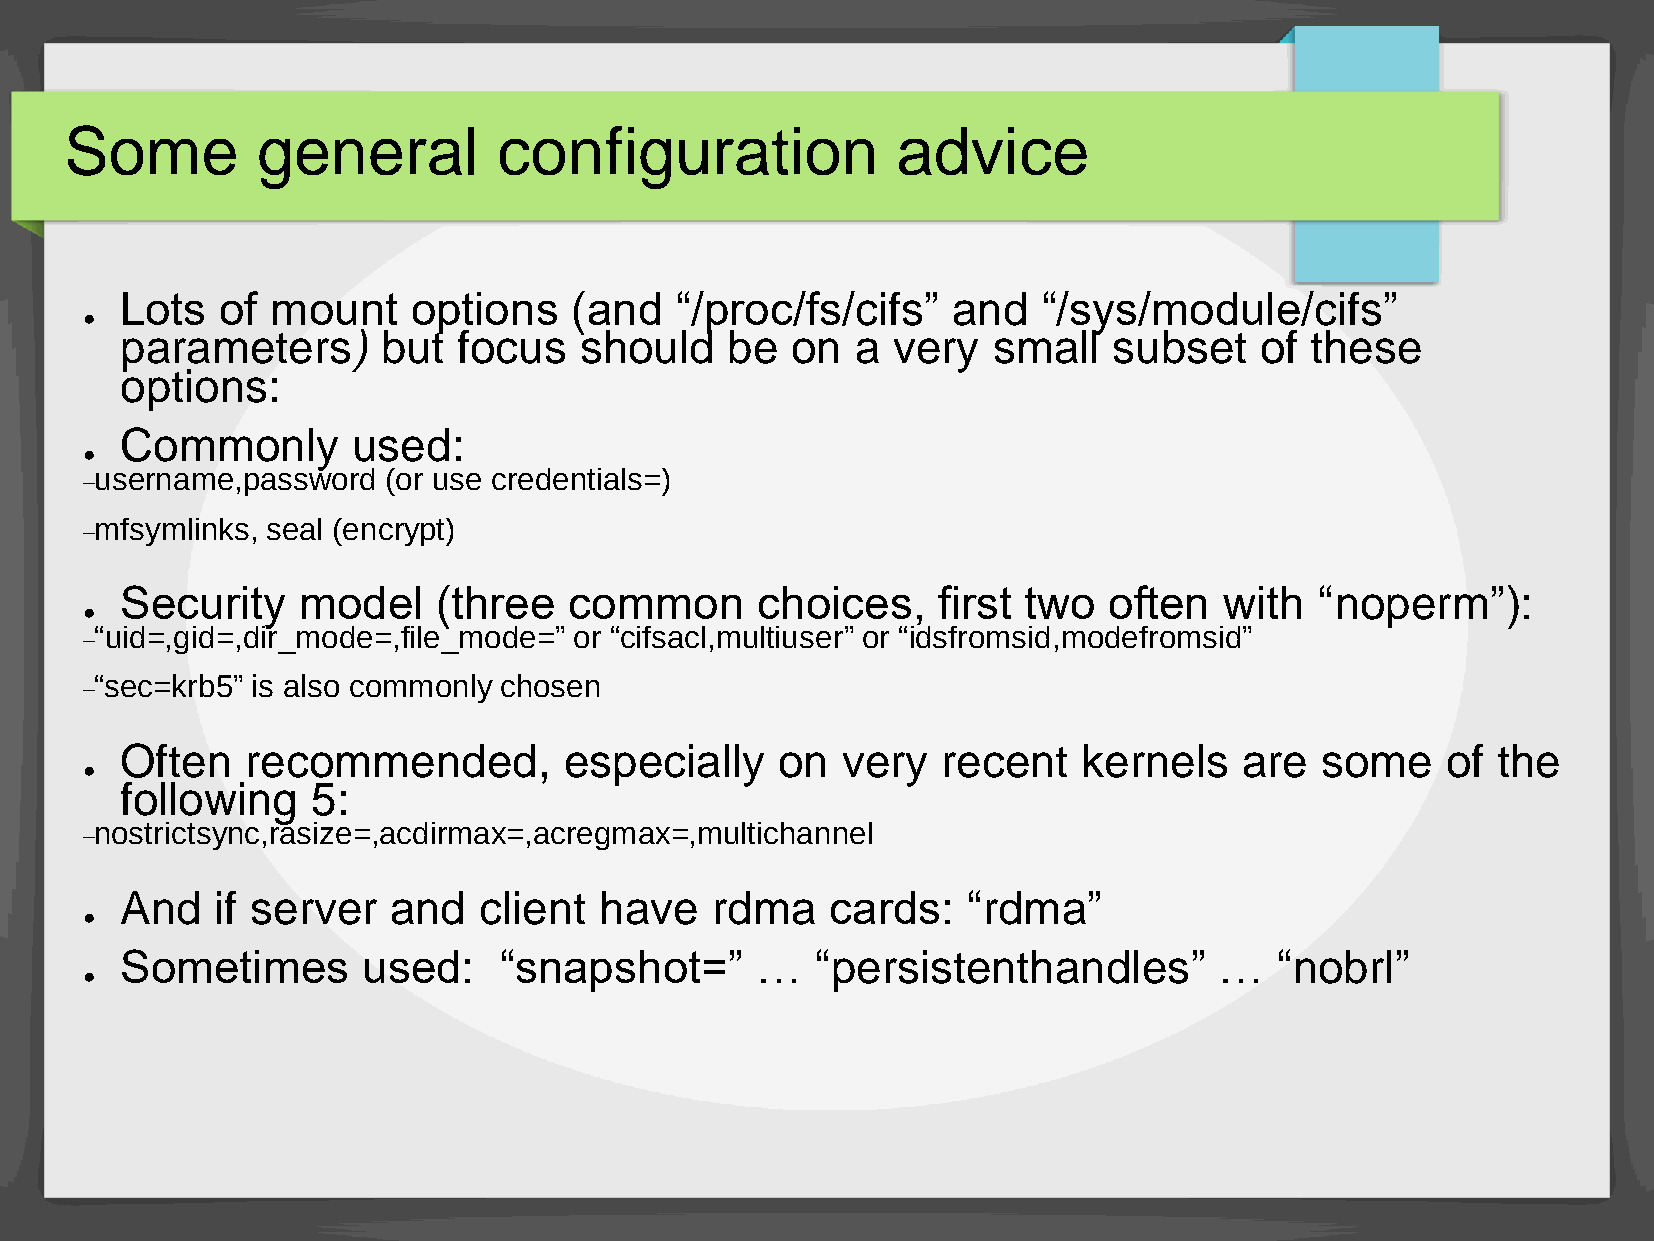
Some         general         configuration             advice
 Lots   of mount    options    (and   “/proc/fs/cifs”   and   “/sys/module/cifs”
 ●
 parameters)      but  focus   should    be  on   a very   small   subset   of  these
 options:
 Commonly       used:
 ●
 username,password   (or use credentials=)
 –
 mfsymlinks, seal (encrypt)
 –
 Security    model    (three   common      choices,    first two  often   with  “noperm”):
 ●
 “uid=,gid=,dir_mode=,file_mode=” or “cifsacl,multiuser” or “idsfromsid,modefromsid”
 –
 “sec=krb5” is also commonly chosen
 –
 Often   recommended,         especially    on   very  recent    kernels   are  some     of the
 ●
 following    5:
 nostrictsync,rasize=,acdirmax=,acregmax=,multichannel
 –
 And   if server   and   client  have   rdma    cards:   “rdma”
 ●
 Sometimes       used:    “snapshot=”      …   “persistenthandles”        …   “nobrl”
 ●